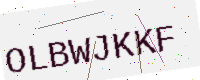
Text: OLBWJKKF